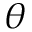
\theta